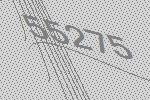
55275